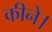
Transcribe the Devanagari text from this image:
कीने।